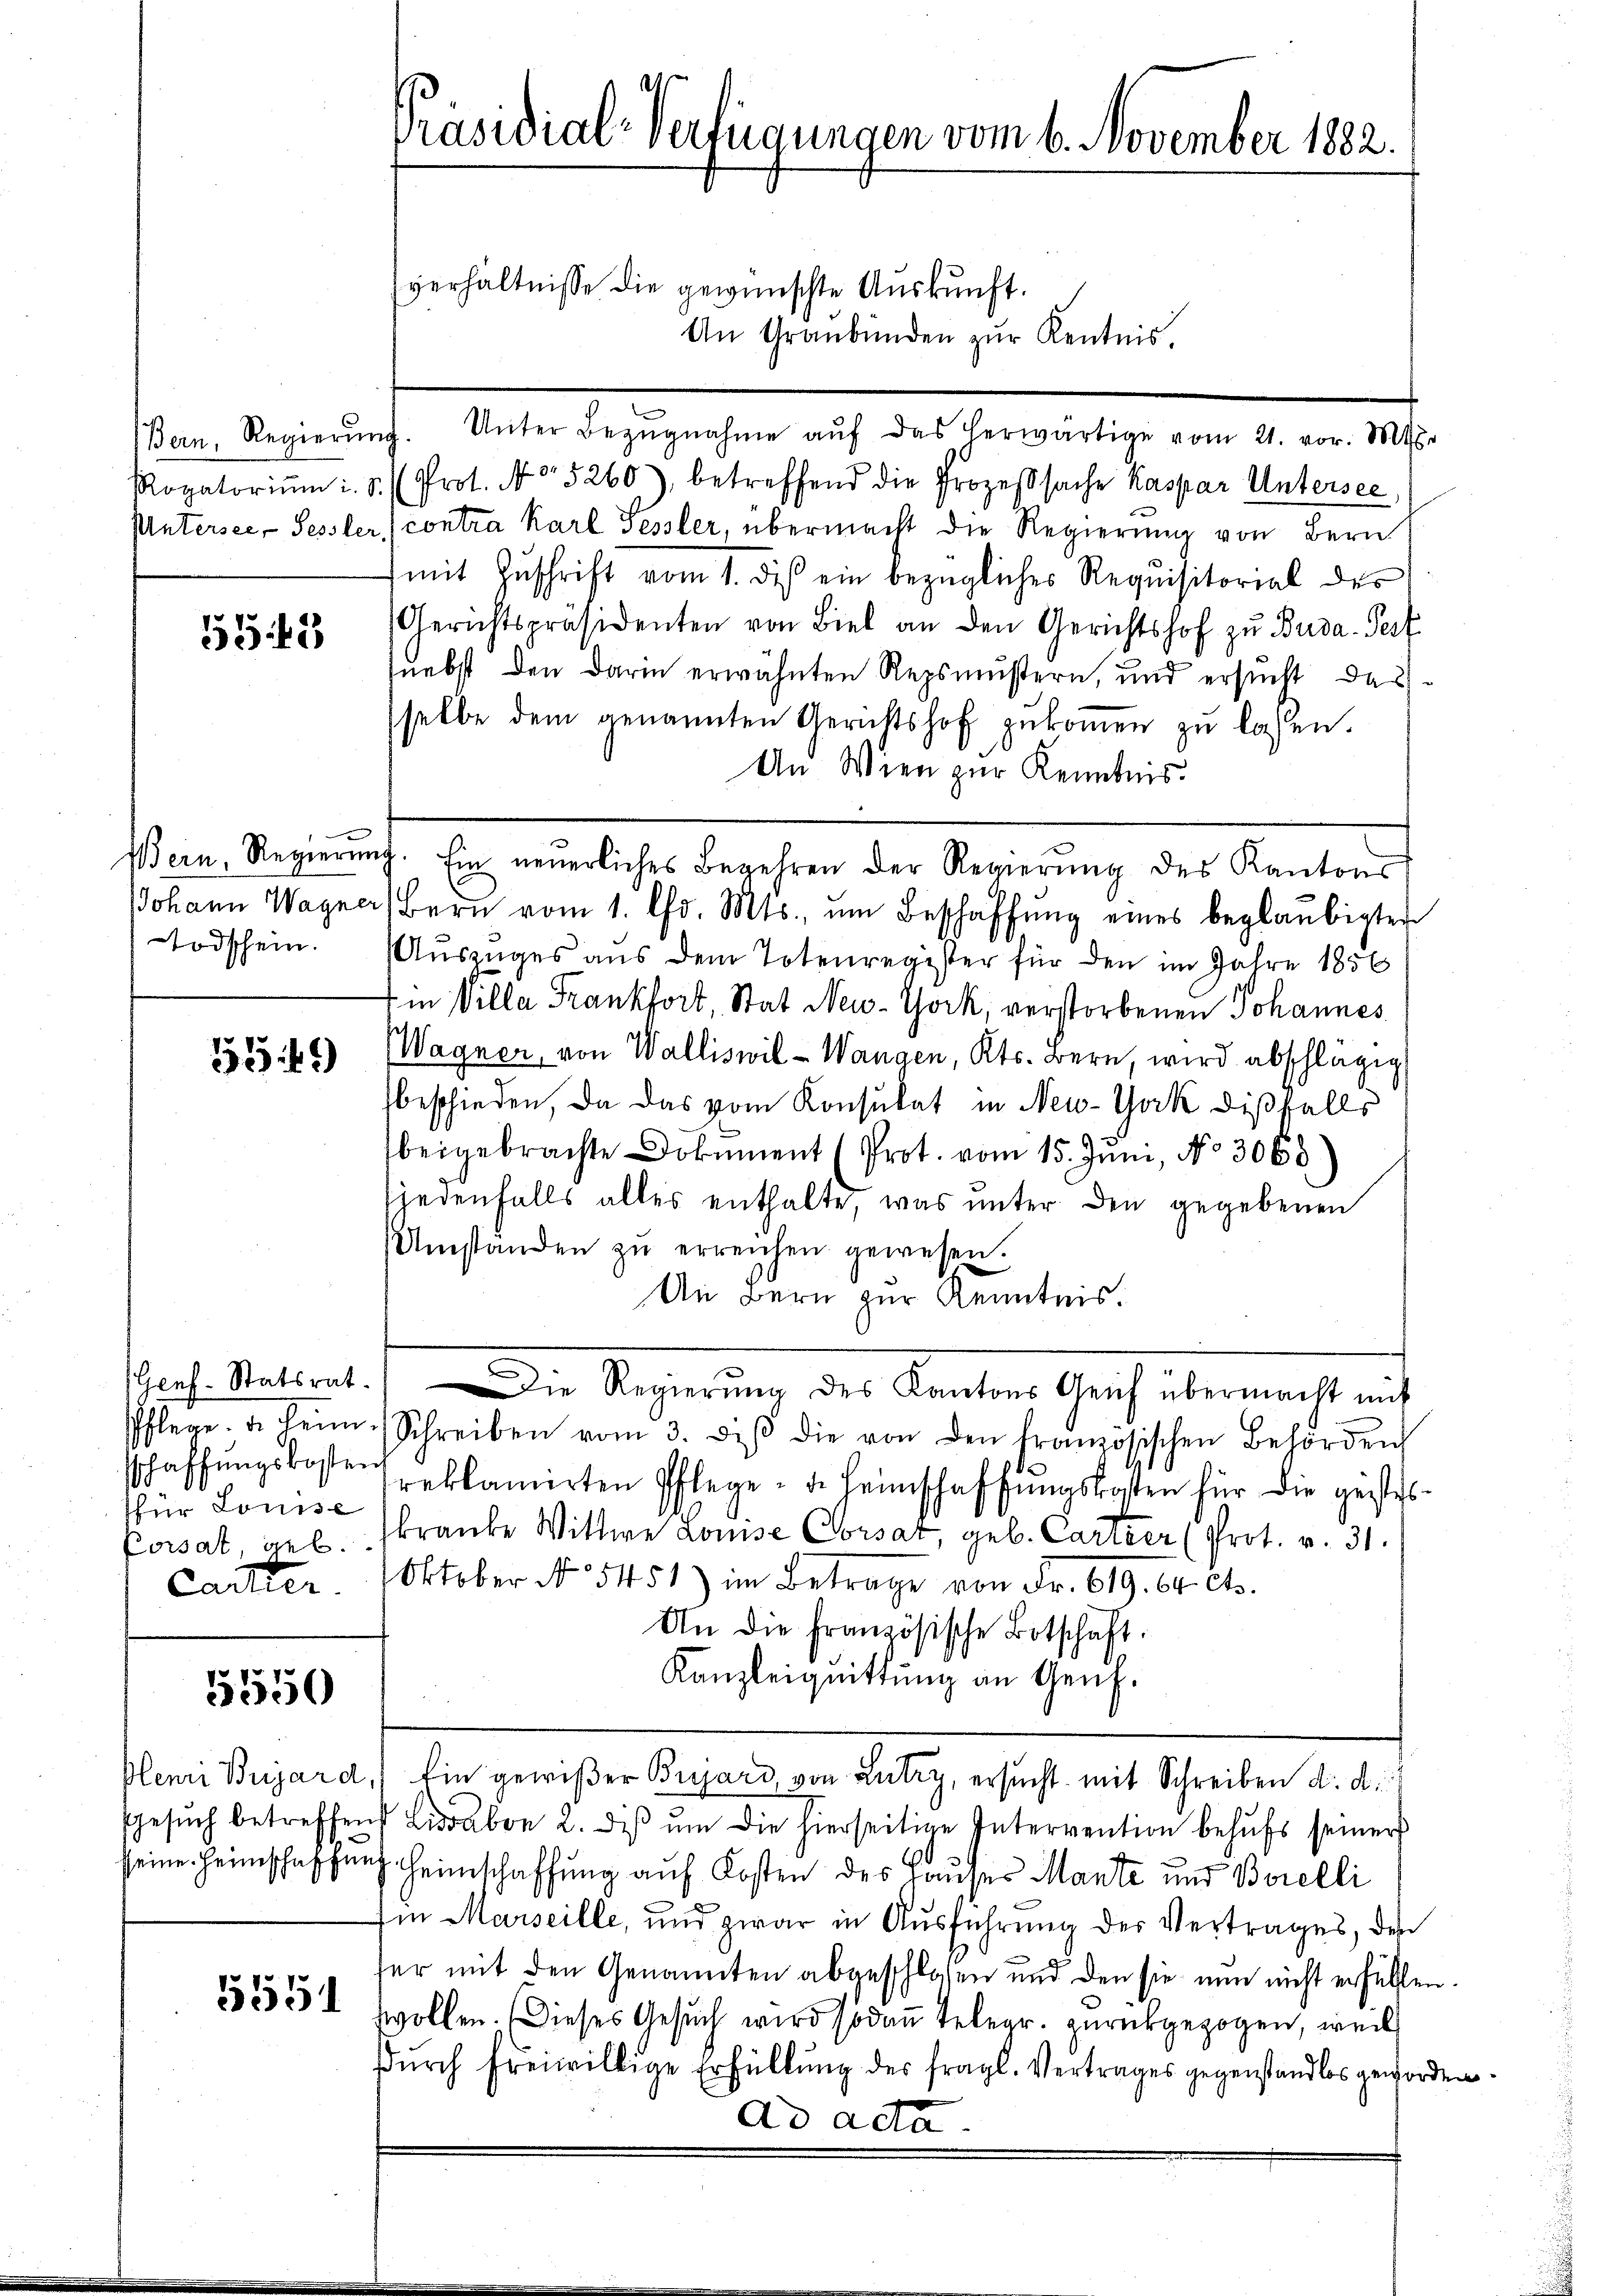
5543

Bern, Regiern
JJohann Wagne
Todschein.

5349)

Genf. Statsrat.
schaffŭngskosten
für Louise
Corsat, geb.
Caitter.

5550

Gesuch betreffen

5551

Präsidial-Verfügungen vom 6. November 1882.

verhältnisse die gewünschte Auskunft.
An Graubünden zŭr Kentnis.
en Meinung, Meter des gehen auch des bereitig vom 4. an die
Rogatoriŭm i. S. Prot. No 5260), betreffend die Prozeβsache Kaspar Untersee,
Untersee- Sessler, contra Karl Sessler, übermacht die Regierŭng von Bern
mit Zŭschrift vom 1. des ein bezügliches Requisitorial des
Gerichtspräsidenten von Biel an den Gerichtshof zu Buda-Pest
(nebst den darin erwähnten Repsmustern, und ersucht das
sselbe dem genannten Gerichtshof zŭkoṁen zŭ lassen.
An Wien zur Kenntnis.
) Bern vom 1. Chr. Mts. ŭm Beschaffŭng eines beglaubigter
Auszuges aus dem Totenregister für den im Jahre 1856
in Villa Frankfort, Stat New-York, verstorbenen Johannes
Wagner, von Walliswil - Wangen, Kts. Bern, wird abschlägig
beschieden, da das vom Konsulat in New-York dißfalls
beigebrachte Dokument (Prot. vom 15. Juni, No 3068.
jedenfalls alles enthalte, was unter den gegebenen
Umständen zŭ erreichen gewesen.
An Bern zur Kenntnis.
Die Regierŭng des Kantons Genf übermacht mit
Pflege. Dr Fein Schreiben vom 3. diβ die von den französischen Behörden
reklamirten Pflege. F. Heimschaffŭngskosten für die gestes-
kranke Wittwe Louise Corsat, geb. Cartier (Prot. v. 31.
Oktober No. 5451) im Betrage von Fr. 619. 64. Cts.
An die französische Botschaft.
Kanzleiquittung an Genf.
Plenri Bujard, Ein gewißer Bujars, von Lutry, ersŭcht mit Schreiben d. d.
 Lissabon 2. diβ ŭm die hierseitige Intervention behŭfs seiner
seine Heimschaffung Heimschaffung auf Kosten des Hauses Mante und Borelli
Ein Marseille, und zwar in Ausführung der Vertrages, des
her mit den Genannten abgeschlossen und den sie nun nicht erfüllen
wwollen. Dieses Gesuch wird sodann telegr. zurückgezogen, weil
dŭrch freiwillige Erfüllŭng der fragl. Vertrages gegenstandlos geworde
ad acta

ich. Ein neuerliches Begehren der Regierŭng des Kantons

e